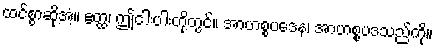
ထင်စွာဆိုအံ့။ ဧတ္ထ၊ ဤငါးပါးတို့တွင်။ အာဟစ္စပဒေန၊ အာဟစ္စပဒသည်ကို။